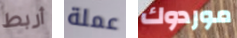
أربط عملة موردوك